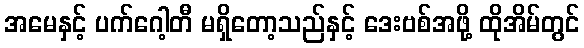
အမေနှင့် ပက်ဂေါ့တီ မရှိတော့သည်နှင့် ဒေးဗစ်အဖို့ ထိုအိမ်တွင်